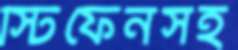
স্টিফেনসহ